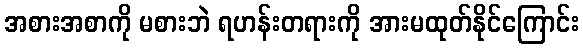
အစားအစာကို မစားဘဲ ရဟန်းတရားကို အားမထုတ်နိုင်ကြောင်း